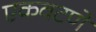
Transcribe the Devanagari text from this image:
एकवटणे